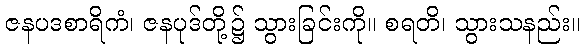
ဇနပဒစာရိကံ၊ ဇနပုဒ်တို့၌ သွားခြင်းကို။ စရတိ၊ သွားသနည်း။